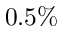
0 . 5 \%